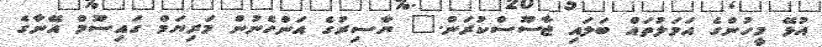
އުޅޭ މީހުންގެ އަމަލުތައް ބަަލައި ޖާސޫސްކުރަން." ޔާސިރުގެ އަންހެނުން މަރިޔަމް ގައިސޫމް އޭނާގެ